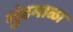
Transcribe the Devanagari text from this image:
मुंडमाळा